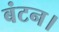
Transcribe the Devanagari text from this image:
बंटन।